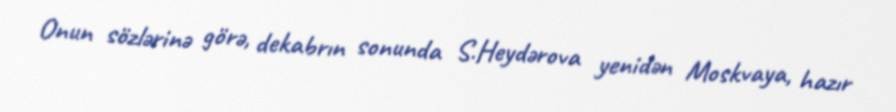
Onun sözlərinə görə, dekabrın sonunda S.Heydərova yenidən Moskvaya, hazır